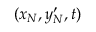
( x _ { N } , y _ { N } ^ { \prime } , t )